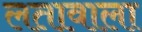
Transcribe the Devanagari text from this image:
लतावाला